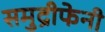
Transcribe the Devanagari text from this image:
समुद्रीफेनी